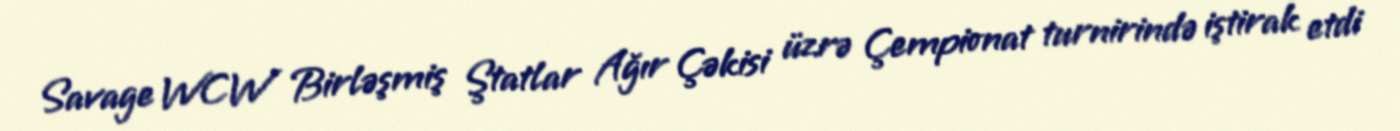
Savage WCW Birləşmiş Ştatlar Ağır Çəkisi üzrə Çempionat turnirində iştirak etdi